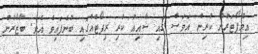
އިމްޕޯޓަރުން ކުރިން އަވަސް ގައި ޝާއިއު ކުރި ރިޕޯޓެއްގައި ބުނެފައިވެ އެވެ. ބާޒާރުން